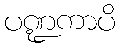
ပဏ္ဍကာပိ